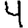
Digit: 4